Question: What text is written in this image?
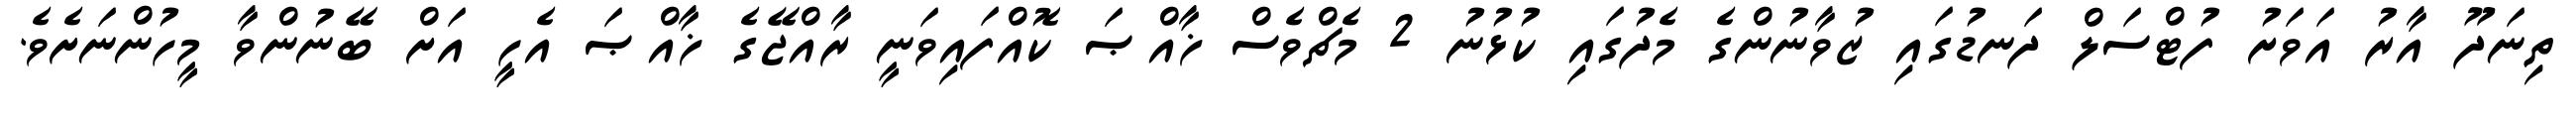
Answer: ތިނަދޫ އާރު އަވަށު ފުޓްސަލް ދަނޑުގައި ޒުވާނުންގެ މެދުގައި ކުޅުނު 2 މެޗްވެސް ޚާއްޞަ ކޮއްފައިވަނީ ރާއްޖޭގެ ޚާއްޞަ އެހީ އަށް ބޭނުންވާ މީހުންނަށެވެ.